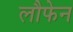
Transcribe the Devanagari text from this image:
लौफेन